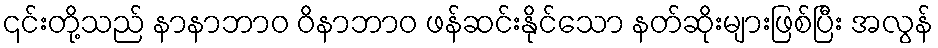
၎င်းတို့သည် နာနာဘာဝ ဝိနာဘာဝ ဖန်ဆင်းနိုင်သော နတ်ဆိုးများဖြစ်ပြီး အလွန်